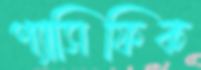
প্যাসিফিক